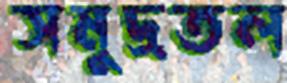
সমুদ্রতল